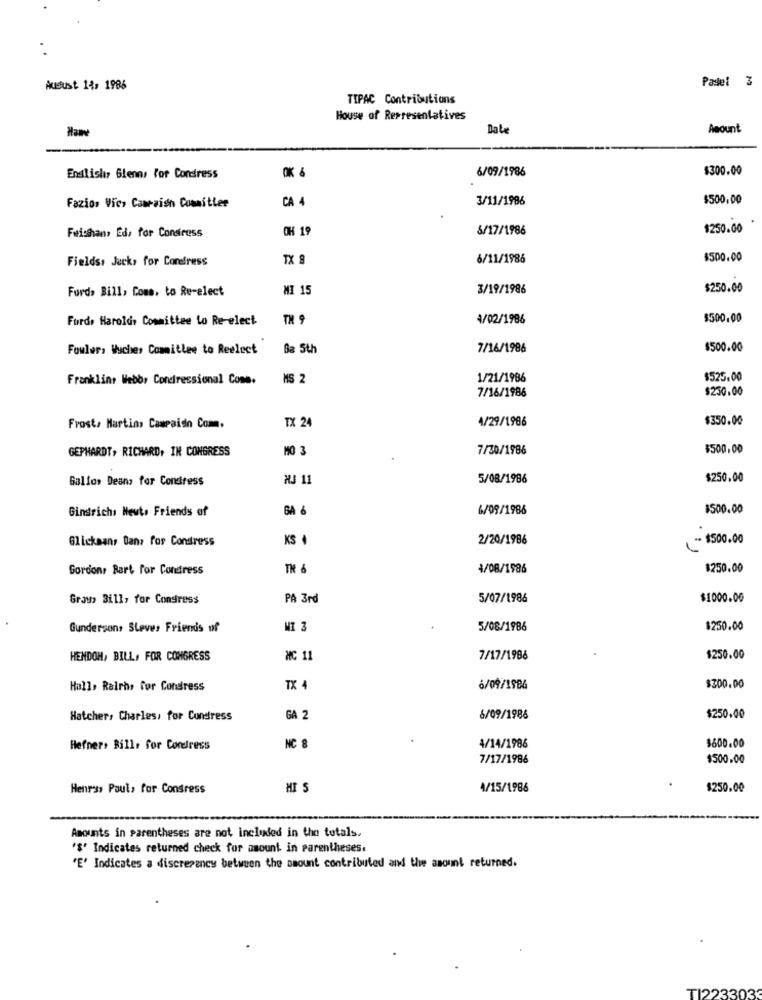
Pasel 3
Ausust 14, 1986
TIPAC Contributions
House of Representatives
Date
Amount
OK &
6/09/1986
$300.00
English, Glenn, For Condress
CA 4
3/11/1986
$500,00
Fazio, Vic, Campaign Committee
OH 19
5/17/1986
$250.00
Feisthan, Ed, for Consiruss
Fields, Jack, for Condress
IX S
6/11/1986
$500.00
Furde Bill, Coms, to Re-elect
MI 15
3/19/1986
$250.00
Furde Harolds Committee to Re-elect
TH 9
4/02/1986
$500.00
Fowler, Wucher Committee to Reelect
Sa 5th
7/16/1986
$500.00
Franklins Webb, Condressional Cone.
MS 2
1/21/1986
$525.00
7/16/1986
$250.00
TX 24
4/29/1906
$350.00
Frost, Martins Campaido Com.
GEPHARDT, RICHARD, IN CONGRESS
MO 3
7/30/1986
$500,00
Gallos Deans for Condress
HJ 11
5/08/1986
$250.00
Gingrich: Heuts Friends of
BA &
6/09/1986
$500.00
Glickaans Dans for Condress
KS ·
2/20/1986
- $500.00
Gordons Bert for Condress
TH 6
4/08/1986
$250.00
Grays Bill, for Congress
PA 3rd
5/07/1986
$1000.00
Gunderson, Steve, Friends of
MI 3
5/08/1986
$250.00
HENDON, BILL, FOR CONGRESS
MC 11
7/17/1986
$250.00
Hallo Ralrhs for Congress
TX
6/09/1986
$300.00
Hatcher, Charles, for Condress
GA 2
6/09/1986
$250,00
$600.00
Hefners Bills for Condress
NC 8
4/14/1986
7/17/1986
$500.00
Henrss Paul, for Congress
MI S
4/15/1986
$250.00
Amounts in parentheses are not included in the totals.
'$' Indicates returned check for amount in parentheses.
"E' Indicates a discrepancy between the amount contributed and the amount returned.
TI2233